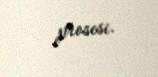
prosesi.